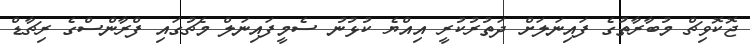
ޖޮކޮވިޗް މުބާރާތުގެ ފައިނަލަށް ދަތުރުކުރީ އިއްޔެ ކުޅުނު ސެމީފައިނަލް މެޗުގައި ފްރާންސްގެ ރިޗާޑް